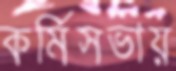
কর্মিসভায়